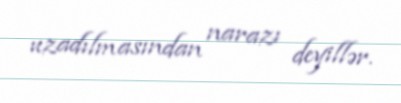
uzadılmasından narazı deyillər.